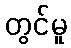
တွင်မူ